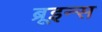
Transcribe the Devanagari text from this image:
ब्रूइन्स